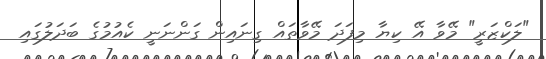
"ލަކްޒަރީ" މޭވާ އޭ ކިޔާ މިފަދަ މޭވާތައް ގިނައިން ގަންނަނީ ކެއުމުގެ ބަދަލުގައި